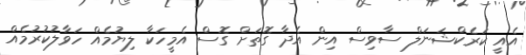
އެއީ ކަރެކްޝަނަލް ސާވިސް އިން އެދާ ގޮތަށް ގޮސް އެމީހަކާ ލިޔުމެއް ހަވާލުކުރުމެއް